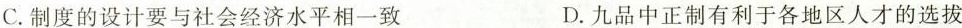
C.制度的设计要与社会经济水平相一致 D.九品中正制有利于各地区人才的选拔